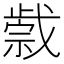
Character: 𢧼